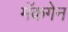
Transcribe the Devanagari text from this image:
मॅकगेन